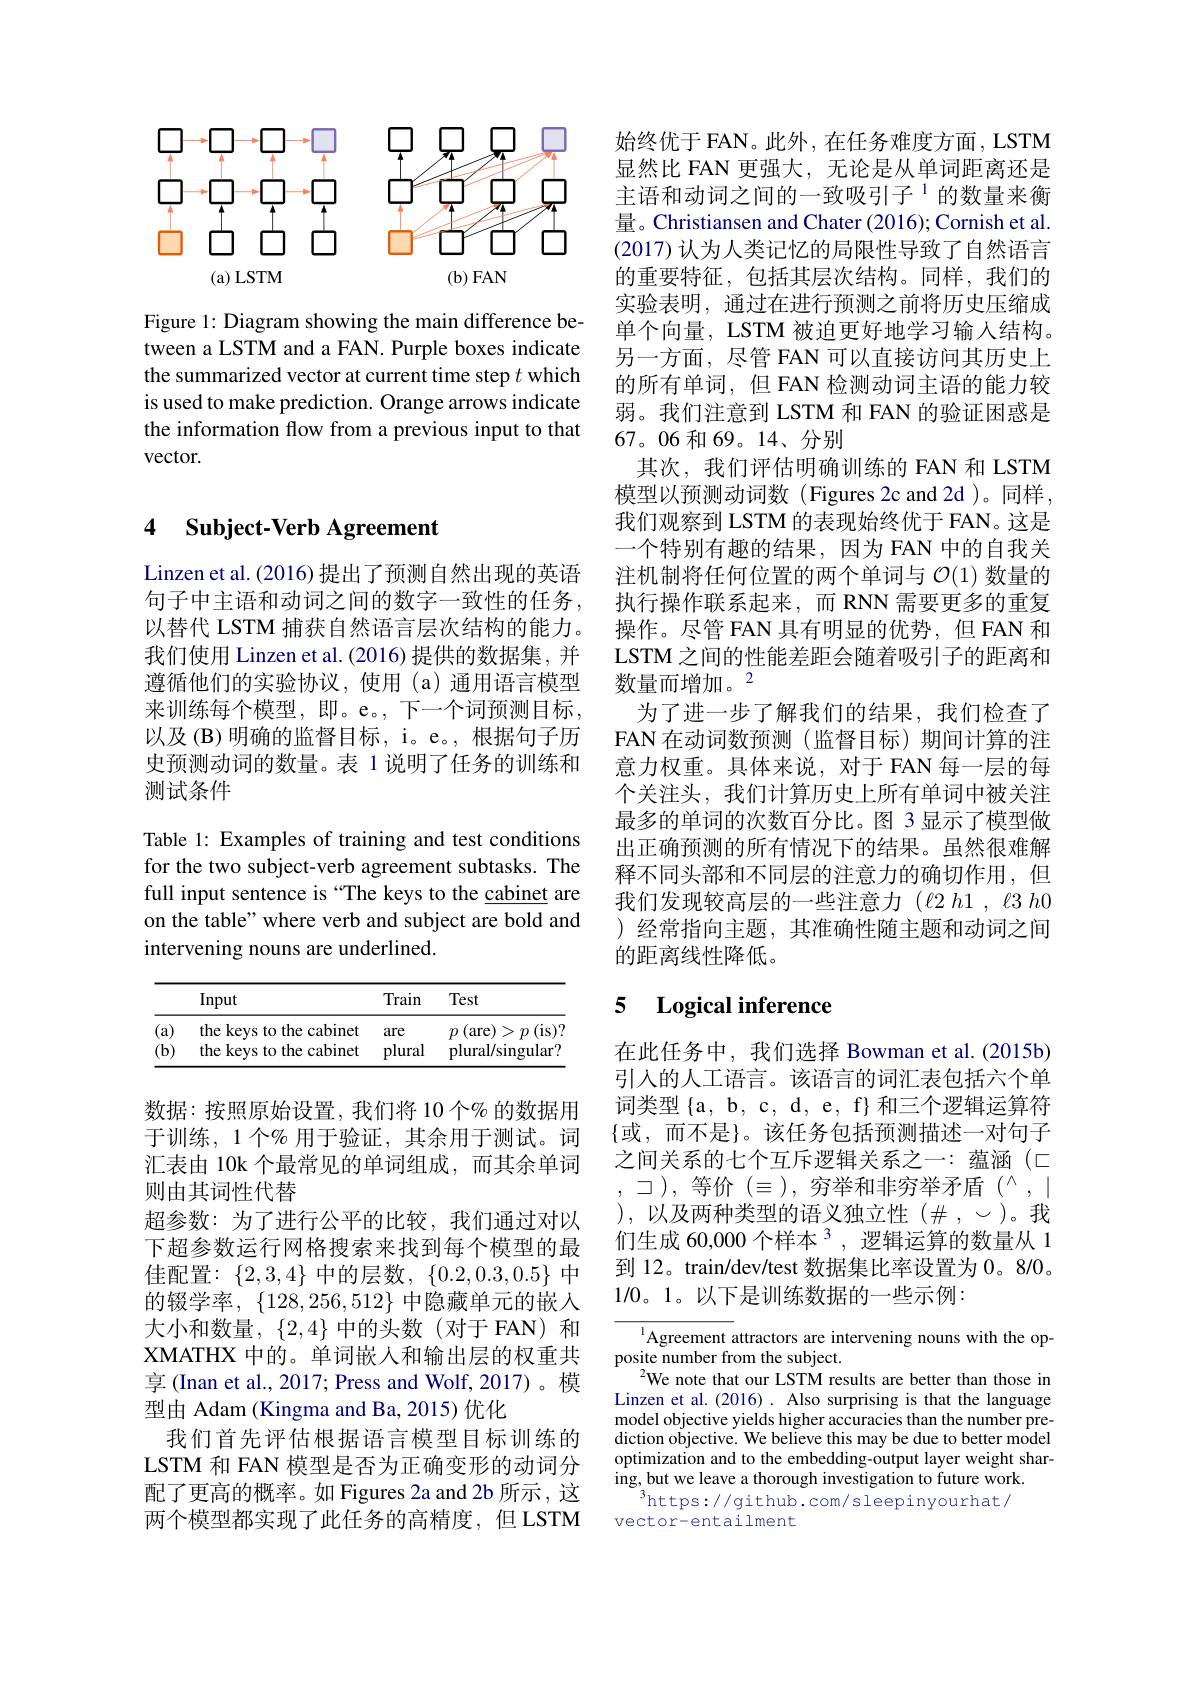
<FigureHere>

Figure 1: Diagram showing the main difference between a LSTM and a FAN. Purple boxes indicate the summarized vector at current time step $t$ which is used to make prediction. Orange arrows indicate the information flow from a previous input to that vector.

### 4 $\textbf{Subject- Verb Agreement}$

Linzen et al. (2016) 提出了预测自然出现的英语句子中主语和动词之间的数字一致性的任务， 以替代 LSTM 捕获自然语言层次结构的能力。我们使用 Linzen et al.(2016) 提供的数据集，并遵循他们的实验协议，使用(a)通用语言模型来训练每个模型，即。e。,下一个词预测目标， 以及(B)明确的监督目标，i。e。,根据句子历史预测动词的数量。表 1 说明了任务的训练和测试条件

Table 1: Examples of training and test conditions for the two subject-verb agreement subtasks. The full input sentence is “The keys to the cabinet are on the table" where verb and subject are bold and intervening nouns are underlined.

<table>
	<tbody>
		<tr>
			<th> </th>
			<th>Input</th>
			<th>Train</th>
			<th>Test</th>
		</tr>
		<tr>
			<td>$\langle$a$\rangle$ 1 1</td>
			<td>the keys to the cabinet</td>
			<td>are</td>
			<td>(are) $>p$ (is)? $p$</td>
		</tr>
		<tr>
			<td>(b) $a_{11}$ $a_{11}$ 10 $a_{11}$ $a_{11}$ 1 1 1 1 1 </td>
			<td>the keys to the cabinet</td>
			<td>plural</td>
			<td>plural/singular?</td>
		</tr>
	</tbody>
</table>

数据：按照原始设置，我们将 10 个% 的数据用于训练，1个% 用于验证，其余用于测试。词汇表由 10k 个最常见的单词组成，而其余单词则由其词性代替
超参数：为了进行公平的比较，我们通过对以下超参数运行网格搜索来找到每个模型的最佳配置：$\{2,3,4\}$中的层数，$\{0.2,0.3,0.5\}$中的辍学率，$\{128,256,512\}$中隐藏单元的嵌人大小和数量，$\{2,4\}$中的头数(对于 FAN) 和XMATHX 中的。单词嵌人和输出层的权重共享 (Inan et al., 2017; Press and Wolf, 2017)。模型由 Adam (Kingma and Ba, 2015) 优化
我们首先评估根据语言模型目标训练的LSTM 和 FAN 模型是否为正确变形的动词分配了更高的概率。如 Figures 2a and 2b 所示，这两个模型都实现了此任务的高精度，但 LSTM

始终优于 FAN。此外，在任务难度方面，LSTM 显然比 FAN 更强大，无论是从单词距离还是主语和动词之间的一致吸引子$^{1}$的数量来衡量。Christiansen and Chater (2016); Cornish et al (2017) 认为人类记忆的局限性导致了自然语言的重要特征，包括其层次结构。同样，我们的实验表明，通过在进行预测之前将历史压缩成单个向量，LSTM 被迫更好地学习输入结构。另一方面，尽管 FAN 可以直接访问其历史上的所有单词，但 FAN 检测动词主语的能力较弱。我们注意到 LSTM 和 FAN 的验证困惑是67。06 和 69。14、分别
其次，我们评估明确训练的 FAN 和 LSTM 模型以预测动词数(Figures 2c and 2d)。同样， 我们观察到 LSTM 的表现始终优于 FAN。这是一个特别有趣的结果，因为 FAN 中的自我关注机制将任何位置的两个单词与$\mathcal{O}(1)$数量的执行操作联系起来，而 RNN 需要更多的重复操作。尽管 FAN 具有明显的优势，但 FAN 和LSTM 之间的性能差距会随着吸引子的距离和数量而增加。2
为了进一步了解我们的结果，我们检查了FAN 在动词数预测(监督目标)期间计算的注意力权重。具体来说，对于 FAN 每一层的每个关注头，我们计算历史上所有单词中被关注最多的单词的次数百分比。图 3 显示了模型做出正确预测的所有情况下的结果。虽然很难解释不同头部和不同层的注意力的确切作用，但我们发现较高层的一些注意力$( \ell 2$ $h1$ , $\ell 3$ $h0$ )经常指向主题，其准确性随主题和动词之间的距离线性降低。

## 5 $\textbf{Logical inference}$

在此任务中，我们选择 Bowman et al.(2015b) 引入的人工语言。该语言的词汇表包括六个单词类型$\{$a, b, c, d, e, f}和三个逻辑运算符$\{$或，而不是}。该任务包括预测描述一对句子之间关系的七个互斥逻辑关系之一：蕴涵(□ $\supset)$,等价$(\equiv)$,穷举和非穷举矛盾($^\wedge,|$ ),以及两种类型的语义独立性$(\#,\sim)$。我们生成 60,000 个样本$^{3}$,逻辑运算的数量从 1到 12。train/dev/test 数据集比率设置为 0。8/0。1/0。1。以下是训练数据的一些示例：

Agreement attractors are intervening nouns with the op-
posite number from the subject.
$^{2}$We note that our LSTM results are better than those in Linzen et al. (2016). Also surprising is that the language model objective yields higher accuracies than the number prediction objective. We believe this may be due to better model optimization and to the embedding-output layer weight sharing, but we leave a thorough investigation to future work
$^{3}$https://github.com/sleepinyourhat/
vector-entailment